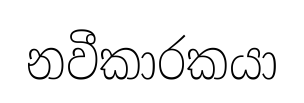
නවීකාරකයා